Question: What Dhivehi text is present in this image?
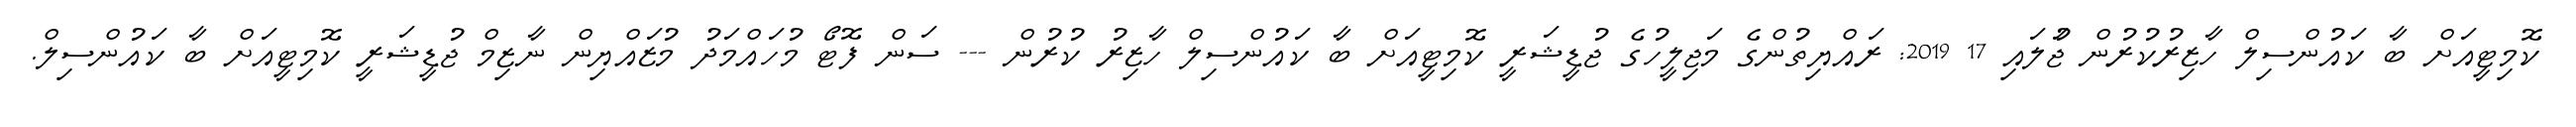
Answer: ކޮމިޓީއަށް ބާ ކައުންސިލް ހާޒިރުކުރުން ޖުަލައި 17 2019: ރައްޔިތުންގެ މަޖިލީހުގެ ޖުޑީޝަރީ ކޮމިޓީއަށް ބާ ކައުންސިލް ހާޒިރު ކުރުން --- ސަން ފޮޓޯ މުހައްމަދު މުޒައްޔިން ނާޒިމް ޖުޑީޝަރީ ކޮމިޓީއަށް ބާ ކައުންސިލް.